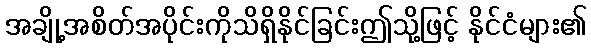
အချို့အစိတ်အပိုင်းကိုသိရှိနိုင်ခြင်းဤသို့ဖြင့် နိုင်ငံများ၏